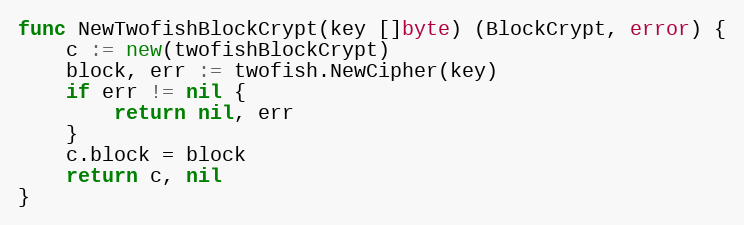
Language: Go
func NewTwofishBlockCrypt(key []byte) (BlockCrypt, error) {
	c := new(twofishBlockCrypt)
	block, err := twofish.NewCipher(key)
	if err != nil {
		return nil, err
	}
	c.block = block
	return c, nil
}